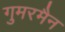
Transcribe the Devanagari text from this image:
गुमरमैन